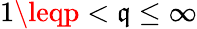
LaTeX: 1\leqp<\mathfrak{q}\leq\infty